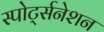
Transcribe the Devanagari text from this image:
स्पोर्ट्सनेशन